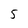
Character: 5